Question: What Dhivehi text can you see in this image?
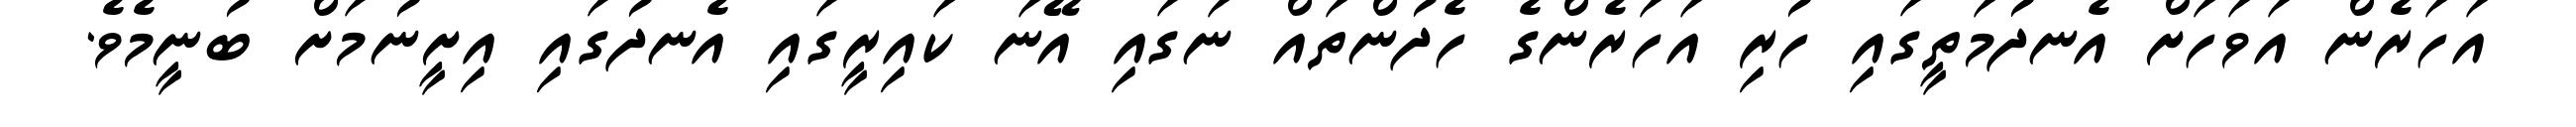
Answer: އަހަރެން އަވަހަށް އެނދުމަތީގައި ހުރި އަހަރެންގެ ހެދުންތައް ނަގައި އޭނަ ކައިރީގައި އެނދުގައި އިށީނުމަށް ބުނީމެވެ.